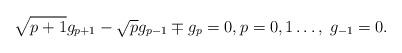
LaTeX: \begin{align*}\sqrt{p+1}g_{p+1} - \sqrt{p}g_{p-1} \mp g_{p} = 0,p = 0,1\ldots,\; g_{-1}=0.\end{align*}